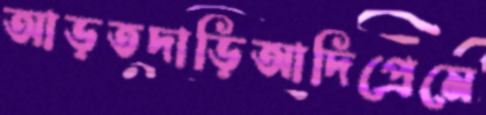
আড়তদাড়িআদিপ্রেমে